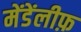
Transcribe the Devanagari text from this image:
मेंडेंलीफ़